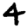
Digit: 4